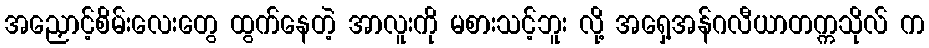
အညှောင့်စိမ်းလေးတွေ ထွက်နေတဲ့ အာလူးကို မစားသင့်ဘူး လို့ အရှေ့အန်ဂလီယာတက္ကသိုလ် က